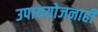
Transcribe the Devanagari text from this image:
उपाययोजनाही